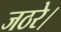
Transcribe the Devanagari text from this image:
जठरे।